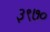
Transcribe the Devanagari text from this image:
३९७०